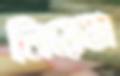
লিয়েঞ্জ